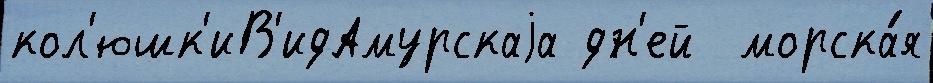
кол'юшк'иВ'идАмурскаjа дн'ей  морска́я